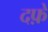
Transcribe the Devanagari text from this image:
दफ़े